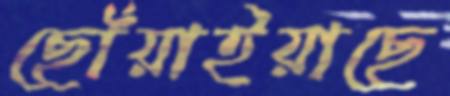
ছোঁয়াইয়াছে